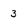
Character: 3